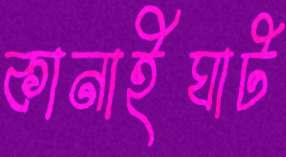
কানাইঘাট